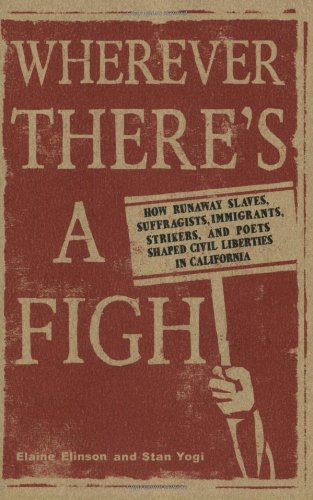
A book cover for Wherever There's a Fight: How Runaway Slaves, Suffragists, Immigrants, Strikers, and Poets Shaped Civil Liberties in California; Elaine Elinson; History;